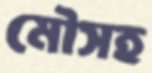
মৌসহ